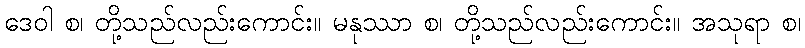
ဒေဝါ စ၊ တို့သည်လည်းကောင်း။ မနုဿာ စ၊ တို့သည်လည်းကောင်း။ အသုရာ စ၊